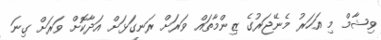
ވިޝާމް މި އަހަރު މެނޭޖަރުގެ ޒިންމާތައް ވަރަށް ރަނގަޅަށް އަދާކޮށް ވަރަށް ގިނަ